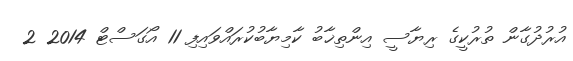
އުރުދުގާން ތުރުކީގެ ރިޔާސީ އިންތިޚާބު ކާމިޔާބުކުރައްވައިފި 11 އޯގަސްޓް 2014 2